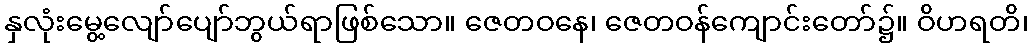
နှလုံးမွေ့လျော်ပျော်ဘွယ်ရာဖြစ်သော။ ဇေတဝနေ၊ ဇေတဝန်ကျောင်းတော်၌။ ဝိဟရတိ၊